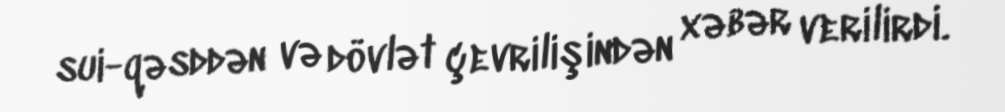
sui-qəsddən və dövlət çevrilişindən xəbər verilirdi.